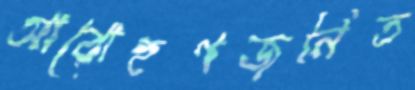
আরোহণজনিত